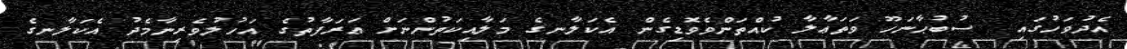
އެދުވަހުގައި  ސުބުޙާނަހޫ ވަތަޢާލާ ކުއްތަންވެވޮޑިގެން އެކަލާނގެ މަލާއިކަތުންނަށް ޢަރަފާތުގެ އަހުލުވެރިނާމެދު އެކަލާނގެ